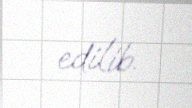
edilib.